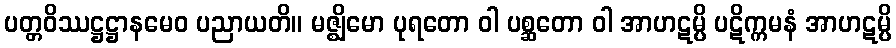
ပတ္တဝိဿဋ္ဌဋ္ဌာနမေဝ ပညာယတိ။ မဇ္ဈိမော ပုရတော ဝါ ပစ္ဆတော ဝါ အာဟဋမ္ပိ ပဋိက္ကမနံ အာဟဋမ္ပိ